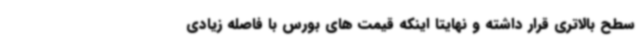
سطح بالاتری قرار داشته و نهایتا اینکه قیمت های بورس با فاصله زیادی